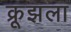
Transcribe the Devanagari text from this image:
क्रूझला